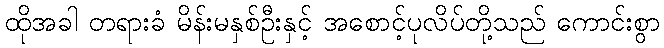
ထိုအခါ တရားခံ မိန်းမနှစ်ဦးနှင့် အစောင့်ပုလိပ်တို့သည် ကောင်းစွာ